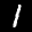
Label: 1